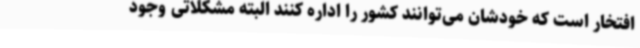
افتخار است که خودشان می‌توانند کشور را اداره کنند البته مشکلاتی وجود